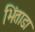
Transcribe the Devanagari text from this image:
भिंताडा